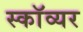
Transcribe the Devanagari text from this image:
स्काॅव्यर